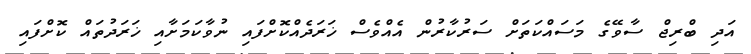
އަދި ބްރިޖް ސާވޭގެ މަސައްކަތަށް ސަރުކާރުން އެއްވެސް ޚަރަދެއްކޮށްފައި ނުވާކަމަށާއި ޚަރަދުތައް ކޮށްފައި